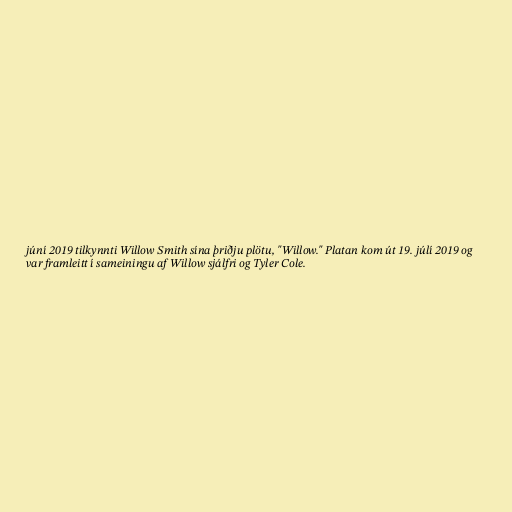
júní 2019 tilkynnti Willow Smith sína þriðju plötu, "Willow." Platan kom út 19. júlí 2019 og
var framleitt í sameiningu af Willow sjálfri og Tyler Cole.